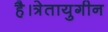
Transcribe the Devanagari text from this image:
है।त्रेतायुगीन